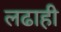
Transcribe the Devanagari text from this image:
लढाही